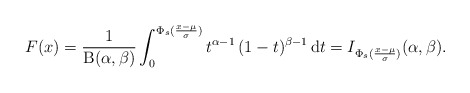
\begin{align*}F(x)=\frac{1}{\mathrm{B}(\alpha,\beta)}\int_0^{\Phi_s(\frac{x-\mu}{\sigma})}t^{\alpha-1}\,(1-t)^{\beta-1}\,\mathrm{d}t=I_{\Phi_s(\frac{x-\mu}{\sigma})}(\alpha,\beta).\end{align*}